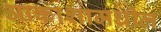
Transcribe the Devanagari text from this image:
आकाशामधील